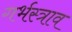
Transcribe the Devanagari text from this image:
गर्भस्त्राव